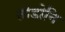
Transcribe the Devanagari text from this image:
तोडोनि